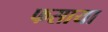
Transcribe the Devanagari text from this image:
फसाया